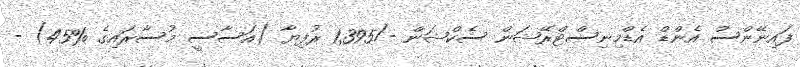
ފައިނޭންސް އެންޑް އެޑްމިނިސްޓްރޭޝަން ސެކްޝަން -/1